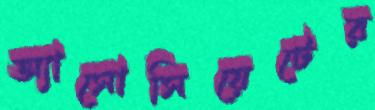
অ্যাসোসিয়েটের